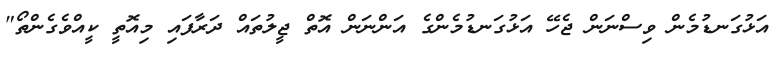
އަޅުގަނޑުމެން ވިސްނަން ޖެހޭ އަޅުގަނޑުމެންގެ އަންނަން އޮތް ޖީލުތައް ދަރާފައި މިއޮތީ ކީއްވެގެންތޯ"